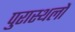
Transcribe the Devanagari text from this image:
पुरास्थलों